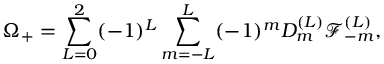
\Omega _ { + } = \sum _ { L = 0 } ^ { 2 } ( - 1 ) ^ { L } \sum _ { m = - L } ^ { L } ( - 1 ) ^ { m } { \cal { D } } _ { m } ^ { ( L ) } { \mathcal { F } } _ { - m } ^ { ( L ) } ,